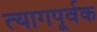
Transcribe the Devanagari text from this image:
त्यागपूर्वक